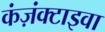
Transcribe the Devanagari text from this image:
कंज़ंक्टाइवा